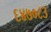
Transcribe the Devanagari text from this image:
६४७०८३